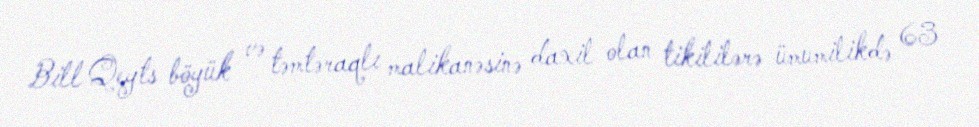
Bill Qeyts böyük və təmtəraqlı malikanəsinə daxil olan tikililərə ümumilikdə 63